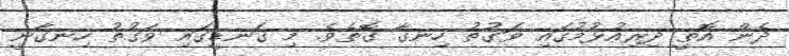
ދެން އޮތީ ދިރިއުޅުމުގައި ވަގުތު ހިނގާ ގޮތެވެ. މި ގަނޑީގައި ވަގުތު ހިނގާނީ